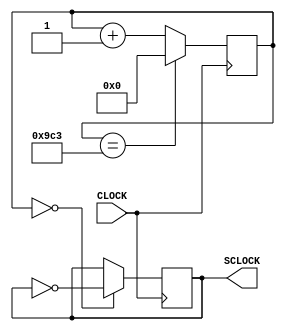
`timescale 1ns / 1ps
//////////////////////////////////////////////////////////////////////////////////
// Company: 
// Engineer: 
// 
// Design Name: 
// Module Name: clk20k
// Project Name: 
// Target Devices: 
// Tool Versions: 
// Description: 
// 
// Dependencies: 
// 
// Revision:
// Revision 0.01 - File Created
// Additional Comments:
// 
//////////////////////////////////////////////////////////////////////////////////


module clk20k(input CLOCK, output reg SCLOCK = 0

    );
    reg [11:0] count = 12'b0;
    
    always @ (posedge CLOCK) begin
        count <= (count == 12'b100111000011) ? 0 : count + 1; //2499
        SCLOCK <= (count == 12'b0) ? ~SCLOCK : SCLOCK;
    end
endmodule